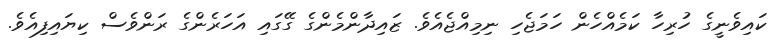
ކައިވެނީގެ ހުރިހާ ކަމެއްހެން ހަމަޖެހި ނިމިއްޖެއެވެ. ޒައިދާންމެންގެ ގޭގައި އަހަރެންގެ ރަންވެސް ކިޔައިފިއެވެ.